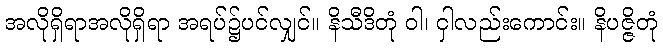
အလိုရှိရာအလိုရှိရာ အရပ်၌ပင်လျှင်။ နိသီဒိတုံ ဝါ၊ ငှါလည်းကောင်း။ နိပဇ္ဇိတုံ